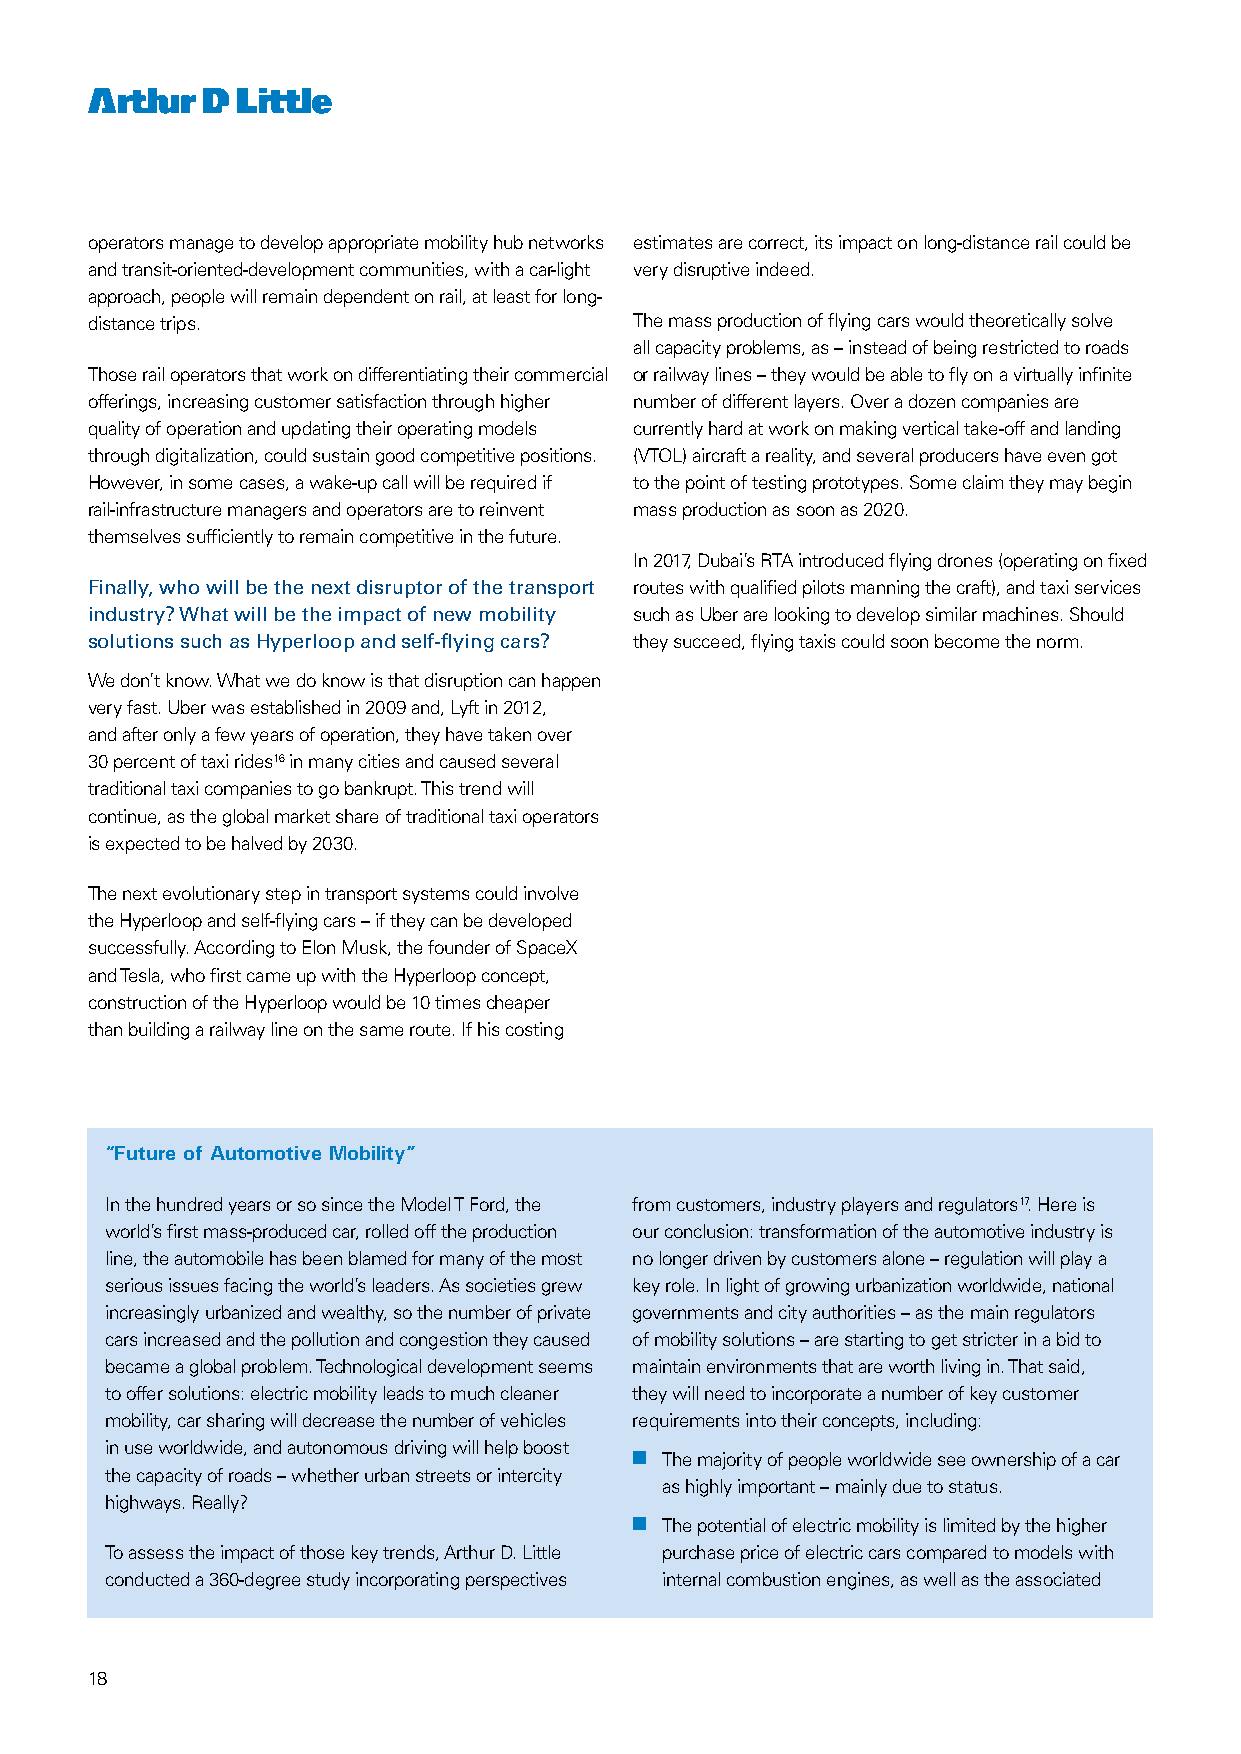
operators manage to develop appropriate mobility hub networks estimates are correct, its impact on long-distance rail could be
 and transit-oriented-development communities, with a car-light very disruptive indeed.
 approach, people will remain dependent on rail, at least for long-
 distance trips.                     The mass production of flying cars would theoretically solve
 all capacity problems, as – instead of being restricted to roads
 Those rail operators that work on differentiating their commercial or railway lines – they would be able to fly on a virtually infinite
 offerings, increasing customer satisfaction through higher number of different layers. Over a dozen companies are
 quality of operation and updating their operating models currently hard at work on making vertical take-off and landing
 through digitalization, could sustain good competitive positions. (VTOL) aircraft a reality, and several producers have even got
 However, in some cases, a wake-up call will be required if to the point of testing prototypes. Some claim they may begin
 rail-infrastructure managers and operators are to reinvent mass production as soon as 2020.
 themselves sufficiently to remain competitive in the future.
 In 2017, Dubai’s RTA introduced flying drones (operating on fixed
 Finally, who will be the next disruptor of the transport routes with qualified pilots manning the craft), and taxi services
 industry? What will be the impact of new mobility such as Uber are looking to develop similar machines. Should
 solutions such as Hyperloop and self-flying cars? they succeed, flying taxis could soon become the norm.
 We don’t know. What we do know is that disruption can happen
 very fast. Uber was established in 2009 and, Lyft in 2012,
 and after only a few years of operation, they have taken over
 30 percent of taxi rides16 in many cities and caused several
 traditional taxi companies to go bankrupt. This trend will
 continue, as the global market share of traditional taxi operators
 is expected to be halved by 2030.
 The next evolutionary step in transport systems could involve
 the Hyperloop and self-flying cars – if they can be developed
 successfully. According to Elon Musk, the founder of SpaceX
 and Tesla, who first came up with the Hyperloop concept,
 construction of the Hyperloop would be 10 times cheaper
 than building a railway line on the same route. If his costing
 “Future of Automotive Mobility”
 In the hundred years or so since the Model T Ford, the from customers, industry players and regulators17. Here is
 world’s first mass-produced car, rolled off the production our conclusion: transformation of the automotive industry is
 line, the automobile has been blamed for many of the most no longer driven by customers alone – regulation will play a
 serious issues facing the world’s leaders. As societies grew key role. In light of growing urbanization worldwide, national
 increasingly urbanized and wealthy, so the number of private governments and city authorities – as the main regulators
 cars increased and the pollution and congestion they caused of mobility solutions – are starting to get stricter in a bid to
 became a global problem. Technological development seems maintain environments that are worth living in. That said,
 to offer solutions: electric mobility leads to much cleaner they will need to incorporate a number of key customer
 mobility, car sharing will decrease the number of vehicles requirements into their concepts, including:
 in use worldwide, and autonomous driving will help boost
 nn The majority of people worldwide see ownership of a car
 the capacity of roads – whether urban streets or intercity
 as highly important – mainly due to status.
 highways. Really?
 nn The potential of electric mobility is limited by the higher
 To assess the impact of those key trends, Arthur D. Little purchase price of electric cars compared to models with
 conducted a 360-degree study incorporating perspectives internal combustion engines, as well as the associated
 18